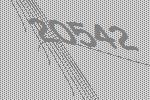
20542